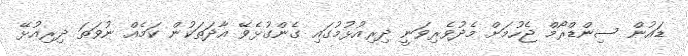
ޑައުން ސިންޑްރޯމް ޖެހުމަށް މެދުވެރިވަނީ ދިރިއުޅުމުގައި ގެންގުޅެވޭ އާދަތަކުން ކަމެއް ނުވަތަ ދިރިއުޅޭ